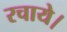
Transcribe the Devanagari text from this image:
रचाये।